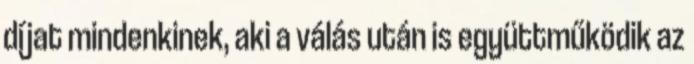
díjat mindenkinek, aki a válás után is együttműködik az